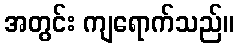
အတွင်း ကျရောက်သည်။